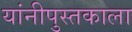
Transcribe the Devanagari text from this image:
यांनीपुस्तकाला